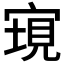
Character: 𡩮